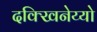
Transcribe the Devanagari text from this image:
दक्खिनेय्यो